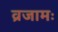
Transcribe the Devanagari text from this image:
व्रजामः